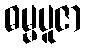
ဓမ္မပူဇာ